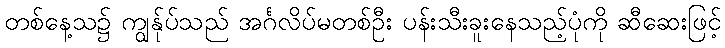
တစ်နေ့သ၌ ကျွန်ုပ်သည် အင်္ဂလိပ်မတစ်ဦး ပန်းသီးခူးနေသည့်ပုံကို ဆီဆေးဖြင့်